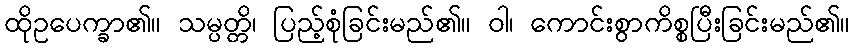
ထိုဥပေက္ခာ၏။ သမ္ပတ္တိ၊ ပြည့်စုံခြင်းမည်၏။ ဝါ၊ ကောင်းစွာကိစ္စပြီးခြင်းမည်၏။